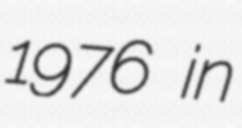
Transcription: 1976 in